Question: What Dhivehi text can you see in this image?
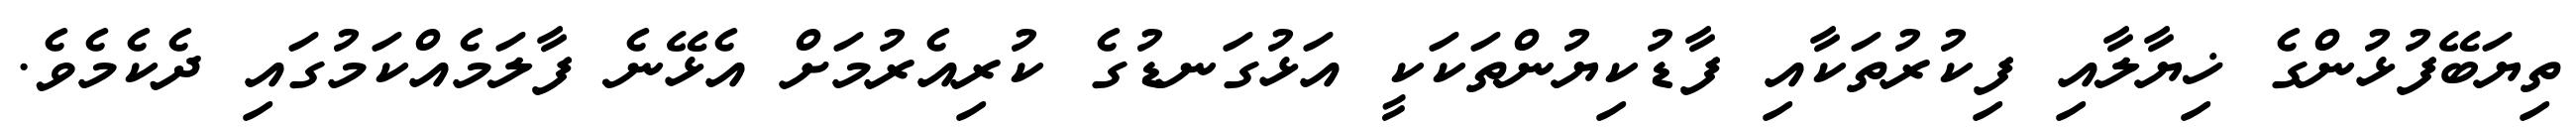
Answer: ތިޔަބޭފުޅުންގެ ޚިޔާލާއި ފިކުރުތަކާއި ފާޑުކިޔުންތަކަކީ އަޅުގަނޑުގެ ކުރިއެރުމަށް އެޅޭނެ ފާލަމެއްކަމުގައި ދެކެމެވެ.